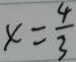
x = \frac { 4 } { 3 }